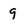
Character: 9